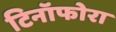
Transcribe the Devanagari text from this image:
टिनॉफोरा